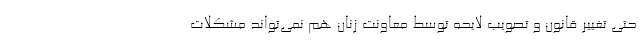
حتی تغییر قانون و تصویب لایحه توسط معاونت زنان هم نمی‌تواند مشکلات